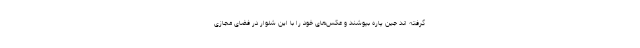
گرفته اند جین پاره بپوشند و عکس‌های خود را با این شلوار در فضای مجازی